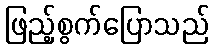
ဖြည့်စွက်ပြောသည်